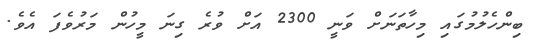
ބިންހެލުމުގައި މިހާތަނަށް ވަނީ 2300 އަށް ވުރެ ގިނަ މީހުން މަރުވެފަ އެވެ.